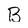
Character: B